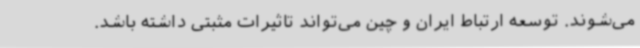
می‌شوند. توسعه ارتباط ایران و چین می‌تواند تاثیرات مثبتی داشته باشد.